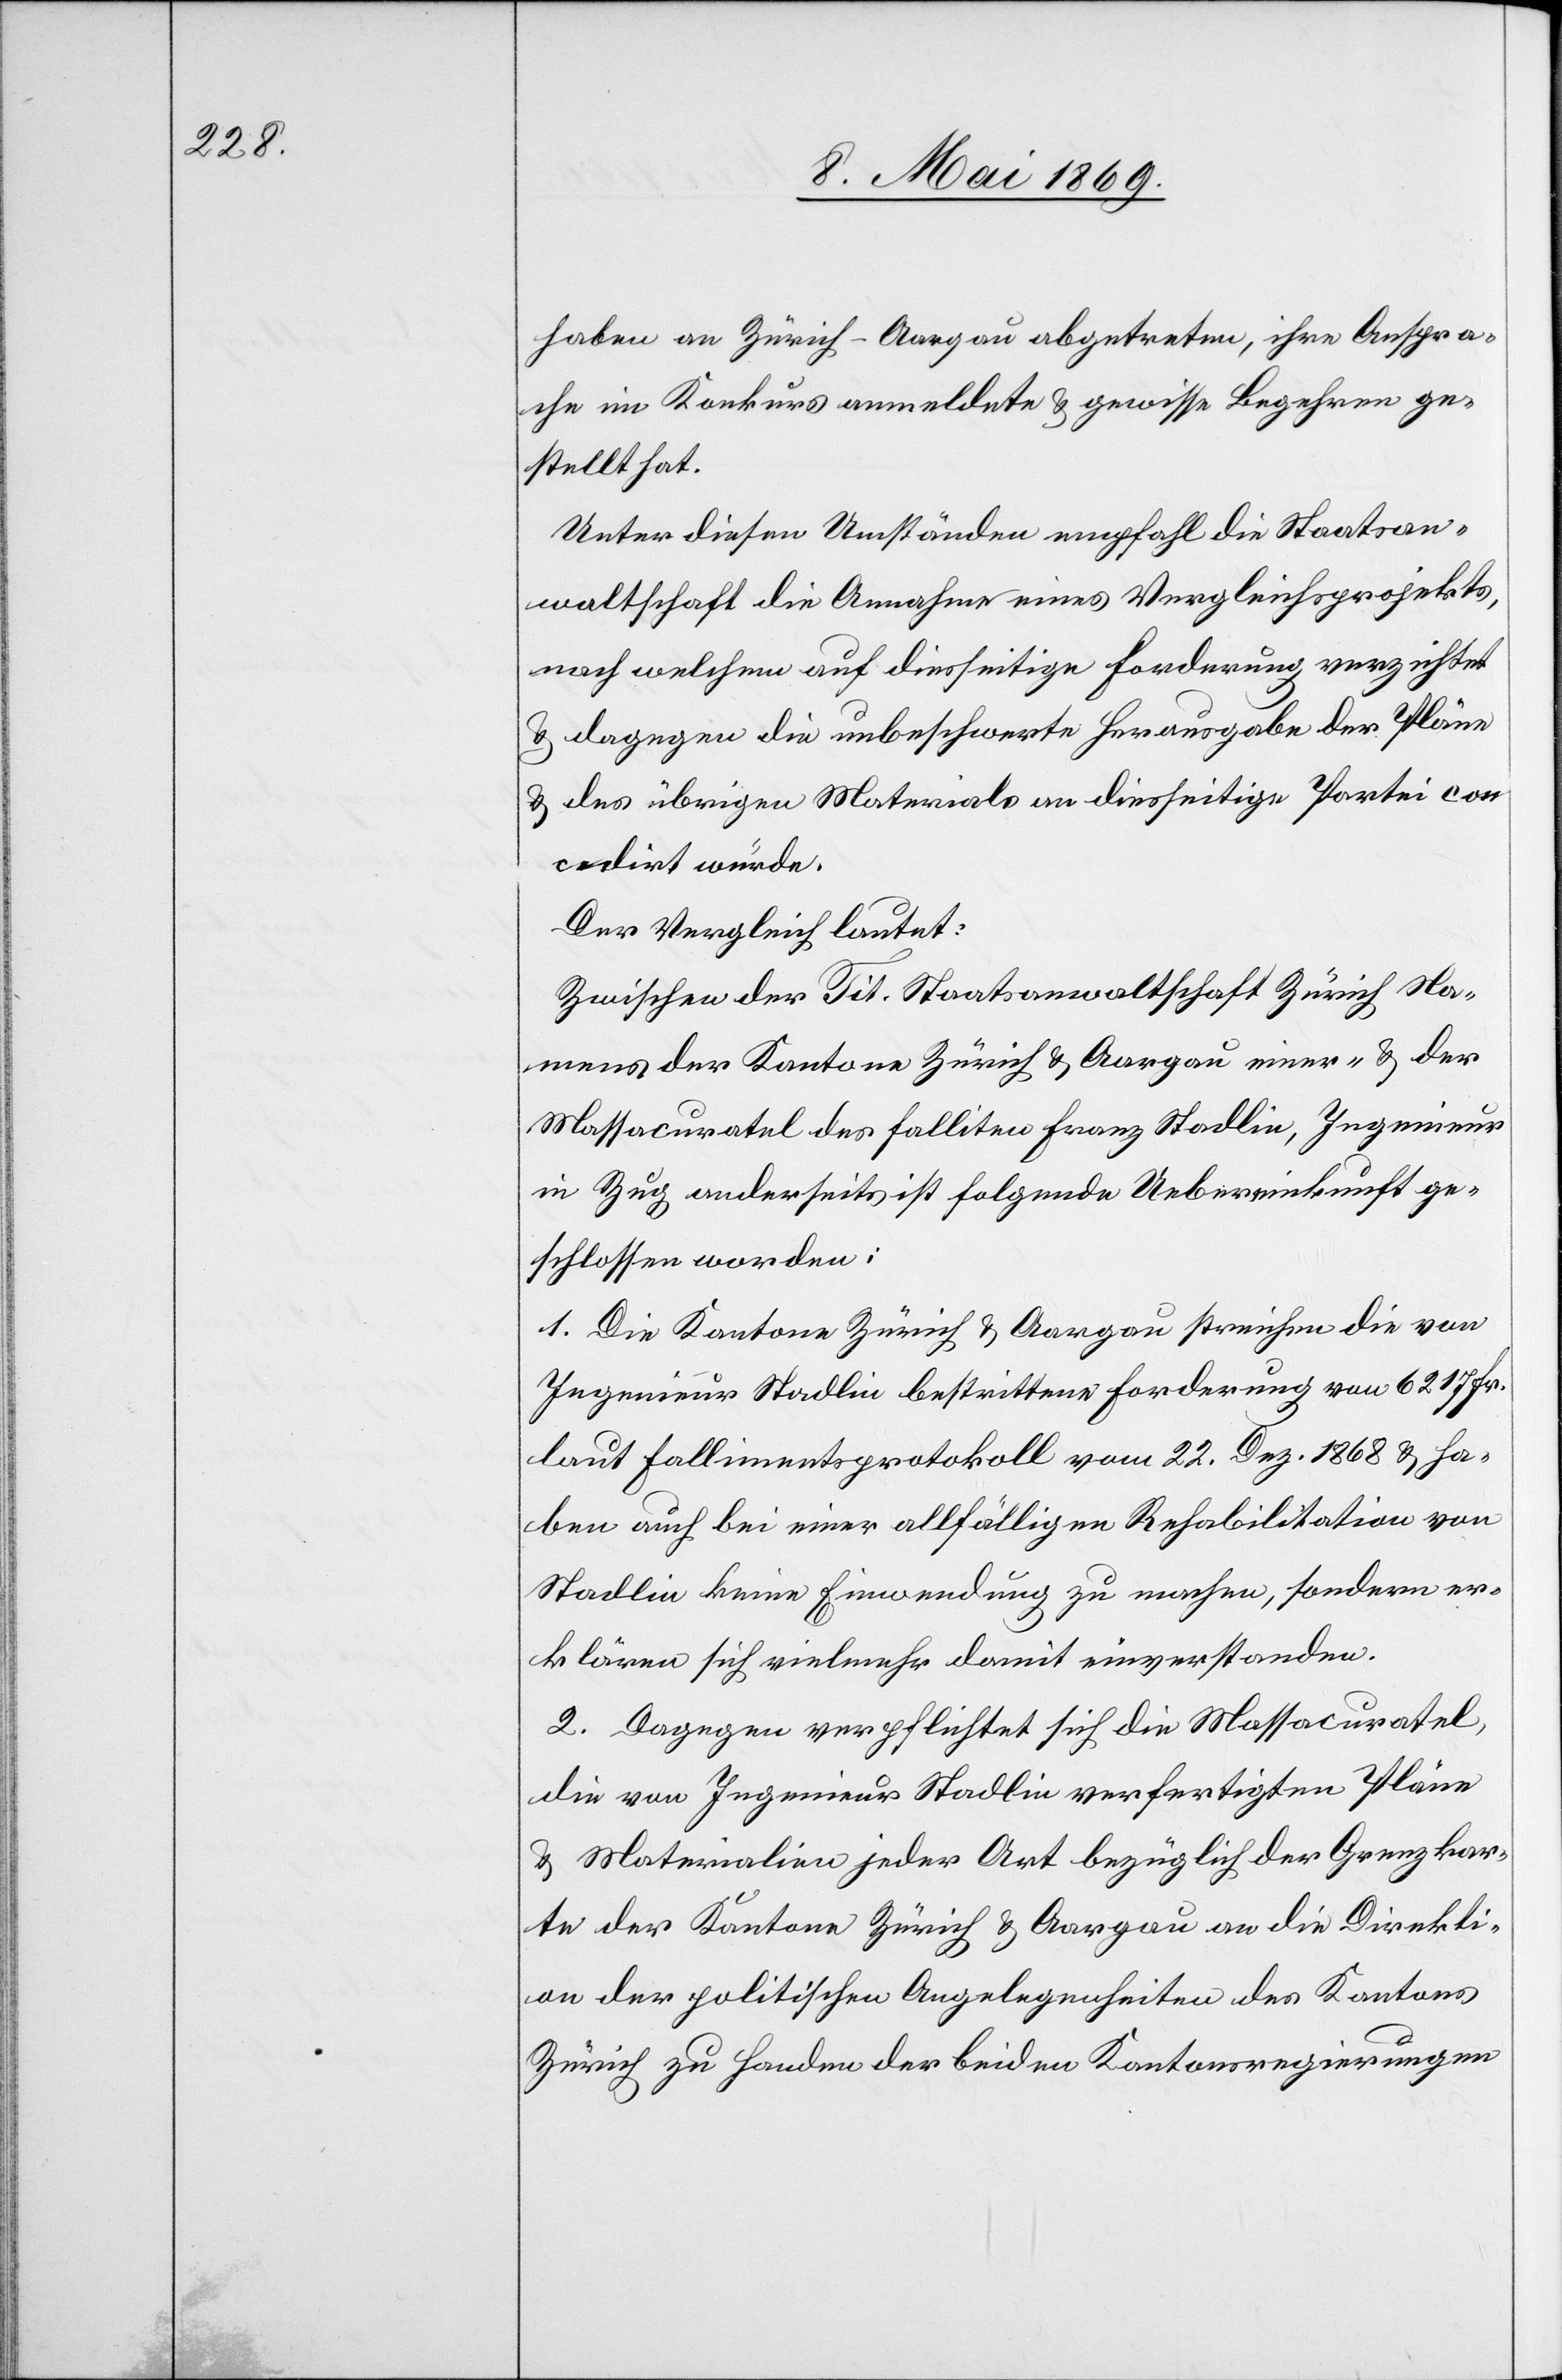
haben an Zürich-Aargau abgetreten, ihre Anspra¬
che im Konkurs anmeldete u. gewisse Begehren ge¬
stellt hat.
Unter diesen Umständen empfahl die Staatsan¬
waltschaft die Annahme eines Vergleichsprojekts,
nach welchem auf diesseitige Forderung verzichtet
u. dagegen die unbeschwerte Herausgabe der Pläne
u. des übrigen Materials an diesseitige Partei con¬
cedirt würde.
Der Vergleich lautet:
Zwischen der Tit. Staatsanwaltschaft Zürich Na¬
mens der Kantone Zürich u. Aargau einer- u. der
Massacuratel des Falliten Franz Stadlin, Ingenieur
in Zug anderseits ist folgende Uebereinkunft ge¬
schlossen worden:
1. Die Kantone Zürich u. Aargau streichen die von
Ingenieur Stadlin bestrittene Forderung von 6217 Fr.
laut Fallimentsprotokoll vom 22. Dez 1868 u. ha¬
ben auch bei einer allfälligen Rehabilitation von
Stadlin keine Einwendung zu machen, sondern er¬
klären sich vielmehr damit einverstanden.
2. Dagegen verpflichtet sich die Massacuratel,
die von Ingenieur Stadlin verfertigten Pläne
u. Materialien jeder Art bezüglich der Grenzkar¬
te der Kantone Zürich u. Aargau an die Direkti¬
on der politischen Angelegenheiten des Kantons
Zürich zu Handen der beiden Kantonsregierungen